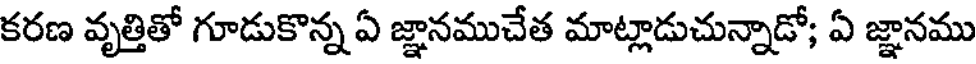
కరణ వృత్తితో గూడుకొన్న ఏ జ్ఞానముచేత మాట్లాడుచున్నాడో; ఏ జ్ఞానము